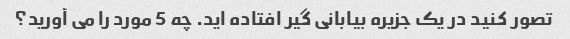
تصور کنید در یک جزیره بیابانی گیر افتاده اید. چه 5 مورد را می آورید؟